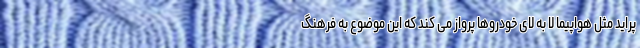
پراید مثل هواپیما لا به لای خودروها پرواز می کند که این موضوع به فرهنگ